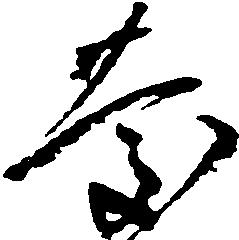
慶